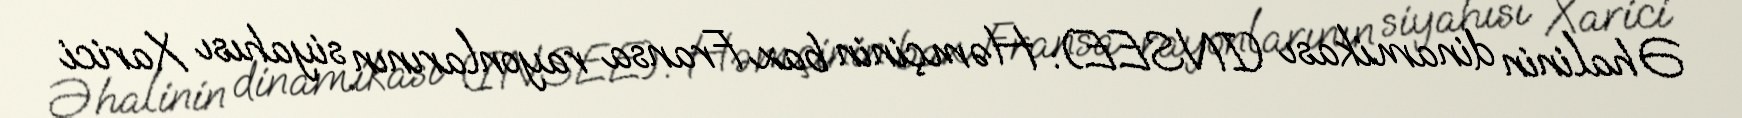
Əhalinin dinamikası (INSEE): Həmçinin bax Fransa rayonlarının siyahısı Xarici